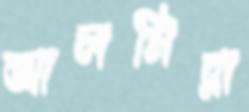
আলমিরা